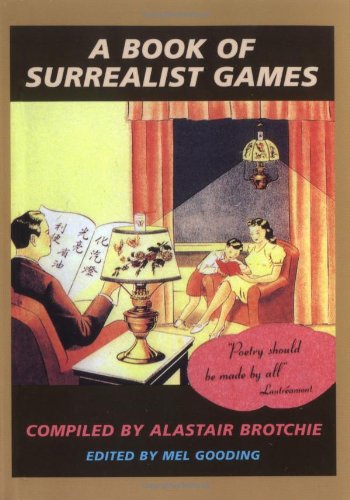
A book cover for A Book of Surrealist Games; Alastair Brotchie; Humor & Entertainment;